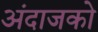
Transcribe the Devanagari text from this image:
अंदाजको